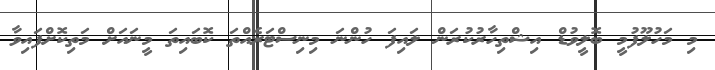
މި މަހުލޫފުމީ ބޮލީވުޑް އިޝްތިހާރުކުރަން ލައިފަ ހުންނަ މިނިސްޓަރެއްތަ ކޮބައިތަ މީނައަށް މަތިކޮށްފައިވާ